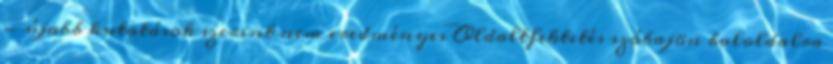
- újabb kutatások szerint nem eredményes Oldaltfektetés szóbajön baloldalra